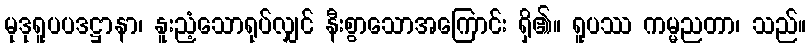
မုဒုရူပပဒဋ္ဌာနာ၊ နူးညံ့သောရုပ်လျှင် နီးစွာသောအကြောင်း ရှိ၏။ ရူပဿ ကမ္မညတာ၊ သည်။